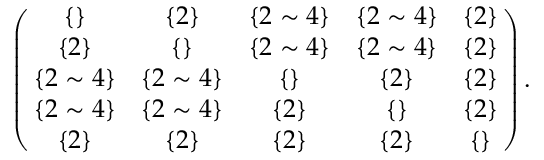
\begin{array} { r } { \left( \! \! \begin{array} { c c c c c } { \{ \} } & { \{ 2 \} } & { \{ 2 \sim 4 \} } & { \{ 2 \sim 4 \} } & { \{ 2 \} } \\ { \{ 2 \} } & { \{ \} } & { \{ 2 \sim 4 \} } & { \{ 2 \sim 4 \} } & { \{ 2 \} } \\ { \{ 2 \sim 4 \} } & { \{ 2 \sim 4 \} } & { \{ \} } & { \{ 2 \} } & { \{ 2 \} } \\ { \{ 2 \sim 4 \} } & { \{ 2 \sim 4 \} } & { \{ 2 \} } & { \{ \} } & { \{ 2 \} } \\ { \{ 2 \} } & { \{ 2 \} } & { \{ 2 \} } & { \{ 2 \} } & { \{ \} } \end{array} \! \! \right) . } \end{array}